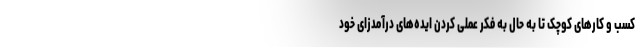
کسب و کارهای کوچک تا به حال به فکر عملی کردن ایده‌های درآمدزای خود